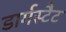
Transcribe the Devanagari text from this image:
डार्मस्टैट